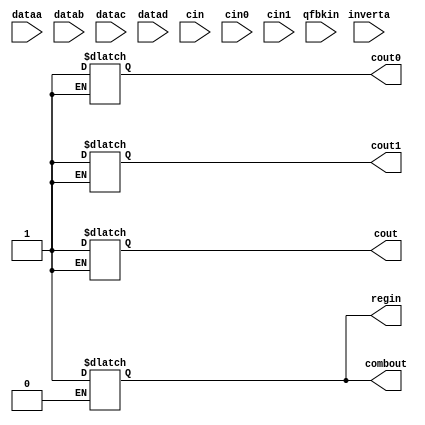
module stratix_asynch_lcell (
                             dataa,
                             datab,
                             datac,
                             datad,
                             cin,
                             cin0,
                             cin1,
                             inverta,
                             qfbkin,
                             regin,
                             combout,
                             cout,
                             cout0,
                             cout1
                            );
    parameter operation_mode = "normal" ;
    parameter sum_lutc_input = "datac";
    parameter lut_mask = "ffff" ;
    parameter cin_used = "false";
    parameter cin0_used = "false";
    parameter cin1_used = "false";
    // INPUT PORTS
    input dataa;
    input datab;
    input datac;
    input datad ;
    input cin;
    input cin0;
    input cin1;
    input inverta;
    input qfbkin;
    // OUTPUT PORTS
    output combout;
    output cout;
    output cout0;
    output cout1;
    output regin;
    // INTERNAL VARIABLES
    reg icout;
    reg icout0;
    reg icout1;
    reg data;
    reg lut_data;
    reg inverta_dataa;
    reg [15:0] bin_mask;
    integer iop_mode;
    reg [1:0] isum_lutc_input;
    reg icin_used;
    reg icin0_used;
    reg icin1_used;
    wire qfbk_mode;
    // INPUT BUFFERS
    wire idataa;
    wire idatab;
    wire idatac;
    wire idatad;
    wire icin;
    wire icin0;
    wire icin1;
    wire iinverta;
    buf (idataa, dataa);
    buf (idatab, datab);
    buf (idatac, datac);
    buf (idatad, datad);
    buf (icin, cin);
    buf (icin0, cin0);
    buf (icin1, cin1);
    buf (iinverta, inverta);
    assign qfbk_mode = (sum_lutc_input == "qfbk") ? 1'b1 : 1'b0;
    specify
        (dataa => combout) = (0, 0) ;
        (datab => combout) = (0, 0) ;
        (datac => combout) = (0, 0) ;
        (datad => combout) = (0, 0) ;
        (cin => combout) = (0, 0) ;
        (cin0 => combout) = (0, 0) ;
        (cin1 => combout) = (0, 0) ;
        (inverta => combout) = (0, 0) ;
        if (qfbk_mode == 1'b1)
            (qfbkin => combout) = (0, 0) ;
        (dataa => cout) = (0, 0);
        (datab => cout) = (0, 0);
        (cin => cout) = (0, 0) ;
        (cin0 => cout) = (0, 0) ;
        (cin1 => cout) = (0, 0) ;
        (inverta => cout) = (0, 0);
        (dataa => cout0) = (0, 0);
        (datab => cout0) = (0, 0);
        (cin0 => cout0) = (0, 0) ;
        (inverta => cout0) = (0, 0);
        (dataa => cout1) = (0, 0);
        (datab => cout1) = (0, 0);
        (cin1 => cout1) = (0, 0) ;
        (inverta => cout1) = (0, 0);
        (dataa => regin) = (0, 0) ;
        (datab => regin) = (0, 0) ;
        (datac => regin) = (0, 0) ;
        (datad => regin) = (0, 0) ;
        (cin => regin) = (0, 0) ;
        (cin0 => regin) = (0, 0) ;
        (cin1 => regin) = (0, 0) ;
        (inverta => regin) = (0, 0) ;
        if (qfbk_mode == 1'b1)
            (qfbkin => regin) = (0, 0) ;
    endspecify
    function [16:1] str_to_bin ;
        input [8*4:1] s;
        reg [8*4:1] reg_s;
        reg [4:1] digit [8:1];
        reg [8:1] tmp;
        integer m;
        integer ivalue ;
        begin
            ivalue = 0;
            reg_s = s;
            for (m=1; m<=4; m= m+1 )
            begin
                tmp = reg_s[32:25];
                digit[m] = tmp & 8'b00001111;
                reg_s = reg_s << 8;
                if (tmp[7] == 'b1)
                    digit[m] = digit[m] + 9;
            end
            str_to_bin = {digit[1], digit[2], digit[3], digit[4]};
        end
    endfunction
    // 4-input LUT function
    function lut4;
        input [15:0] mask;
        input dataa;
        input datab;
        input datac;
        input datad;
        begin
        lut4 = datad ? ( datac ? ( datab ? ( dataa ? mask[15] : mask[14])
                                         : ( dataa ? mask[13] : mask[12]))
                               : ( datab ? ( dataa ? mask[11] : mask[10])
                                         : ( dataa ? mask[ 9] : mask[ 8])))
                     : ( datac ? ( datab ? ( dataa ? mask[ 7] : mask[ 6])
                                         : ( dataa ? mask[ 5] : mask[ 4]))
                               : ( datab ? ( dataa ? mask[ 3] : mask[ 2])
                                         : ( dataa ? mask[ 1] : mask[ 0])));
        end
    endfunction
    initial
    begin
        bin_mask = str_to_bin(lut_mask);
        if (operation_mode == "normal")
            iop_mode = 0;	// normal mode
        else if (operation_mode == "arithmetic")
            iop_mode = 1;	// arithmetic mode
        else
        begin
            $display ("Error: Invalid operation_mode specified\n");
            $display ("Time: %0t  Instance: %m", $time);
            iop_mode = 2;
        end
        if (sum_lutc_input == "datac")
            isum_lutc_input = 0;
        else if (sum_lutc_input == "cin")
            isum_lutc_input = 1;
        else if (sum_lutc_input == "qfbk")
            isum_lutc_input = 2;
        else
        begin
            $display ("Error: Invalid sum_lutc_input specified\n");
            $display ("Time: %0t  Instance: %m", $time);
            isum_lutc_input = 3;
        end
        if (cin_used == "true")
            icin_used = 1;
        else if (cin_used == "false")
            icin_used = 0;
        if (cin0_used == "true")
            icin0_used = 1;
        else if (cin0_used == "false")
            icin0_used = 0;
        if (cin1_used == "true")
            icin1_used = 1;
        else if (cin1_used == "false")
            icin1_used = 0;
    end
    always @(idatad or idatac or idatab or idataa or icin or
             icin0 or icin1 or iinverta or qfbkin)
    begin
        if (iinverta === 'b1) //invert dataa
            inverta_dataa = !idataa;
        else
            inverta_dataa = idataa;
        if (iop_mode == 0) // normal mode
        begin
            if (isum_lutc_input == 0) // datac
            begin
                data = lut4(bin_mask, inverta_dataa, idatab,
                            idatac, idatad);
            end
            else if (isum_lutc_input == 1) // cin
            begin
                if (icin0_used == 1 || icin1_used == 1)
                begin
                    if (icin_used == 1)
                        data = (icin === 'b0) ?
                                lut4(bin_mask,
                                inverta_dataa,
                                idatab,
                                icin0,
                                idatad) :
                                lut4(bin_mask,
                                inverta_dataa,
                                idatab,
                                icin1,
                                idatad);
                    else   // if cin is not used then inverta
                           // should be used in place of cin
                        data = (iinverta === 'b0) ?
                                lut4(bin_mask,
                                inverta_dataa,
                                idatab,
                                icin0,
                                idatad) :
                                lut4(bin_mask,
                                inverta_dataa,
                                idatab,
                                icin1,
                                idatad);
                    end
                else
                    data = lut4(bin_mask, inverta_dataa, idatab,
                                icin, idatad);
            end
            else if(isum_lutc_input == 2) // qfbk
            begin
                data = lut4(bin_mask, inverta_dataa, idatab,
                            qfbkin, idatad);
            end
        end
        else if (iop_mode == 1) // arithmetic mode
        begin
            // sum LUT
            if (isum_lutc_input == 0) // datac
            begin
                data = lut4(bin_mask, inverta_dataa, idatab,
                            idatac, 'b1);
            end
            else if (isum_lutc_input == 1) // cin
            begin
                if (icin0_used == 1 || icin1_used == 1)
                begin
                    if (icin_used == 1)
                        data = (icin === 'b0) ?
                                lut4(bin_mask,
                                inverta_dataa,
                                idatab,
                                icin0,
                                'b1) :
                                lut4(bin_mask,
                                inverta_dataa,
                                idatab,
                                icin1,
                                'b1);
                    else   // if cin is not used then inverta
                           // should be used in place of cin
                        data = (iinverta === 'b0) ?
                                lut4(bin_mask,
                                inverta_dataa,
                                idatab,
                                icin0,
                                'b1) :
                                lut4(bin_mask,
                                inverta_dataa,
                                idatab,
                                icin1,
                                'b1);
                end
                else if (icin_used == 1)
                    data = lut4(bin_mask, inverta_dataa, idatab,
                                icin, 'b1);
                else  // cin is not used, inverta is used as cin
                    data = lut4(bin_mask, inverta_dataa, idatab,
                                iinverta, 'b1);
            end
            else if(isum_lutc_input == 2) // qfbk
            begin
                data = lut4(bin_mask, inverta_dataa, idatab,
                            qfbkin, 'b1);
            end
            // carry LUT
            icout0 = lut4(bin_mask, inverta_dataa, idatab, icin0, 'b0);
            icout1 = lut4(bin_mask, inverta_dataa, idatab, icin1, 'b0);
            if (icin_used == 1)
            begin
                if (icin0_used == 1 || icin1_used == 1)
                    icout = (icin === 'b0) ? icout0 : icout1;
                else
                    icout = lut4(bin_mask, inverta_dataa, idatab,
                                 icin, 'b0);
            end
            else  // inverta is used in place of cin
            begin
                if (icin0_used == 1 || icin1_used == 1)
                    icout = (iinverta === 'b0) ? icout0 : icout1;
                else
                    icout = lut4(bin_mask, inverta_dataa, idatab,
                                 iinverta, 'b0);
            end
        end
    end
    and (combout, data, 1'b1) ;
    and (cout, icout, 1'b1) ;
    and (cout0, icout0, 1'b1) ;
    and (cout1, icout1, 1'b1) ;
    and (regin, data, 1'b1) ;
endmodule